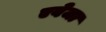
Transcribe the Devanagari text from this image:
एबेजा